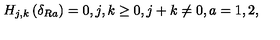
H _ { j , k } \left( \delta _ { R a } \right) = 0 , j , k \geq 0 , j + k \neq 0 , a = 1 , 2 ,